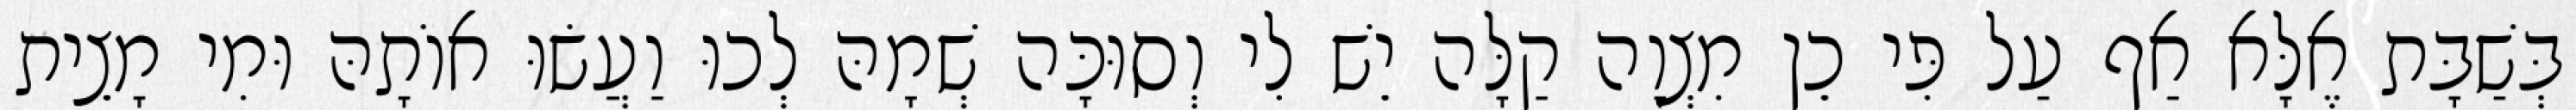
בְּשַׁבָּת אֶלָּא אַף עַל פִּי כֵן מִצְוָה קַלָּה יֵשׁ לִי וְסוּכָּה שְׁמָהּ לְכוּ וַעֲשׂוּ אוֹתָהּ וּמִי מָצֵית